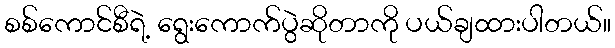
စစ်ကောင်စီရဲ့ ရွေးကောက်ပွဲဆိုတာကို ပယ်ချထားပါတယ်။